Distribution and causation of leprosy in British India
Year: 1875
Disease focus: Leprosy
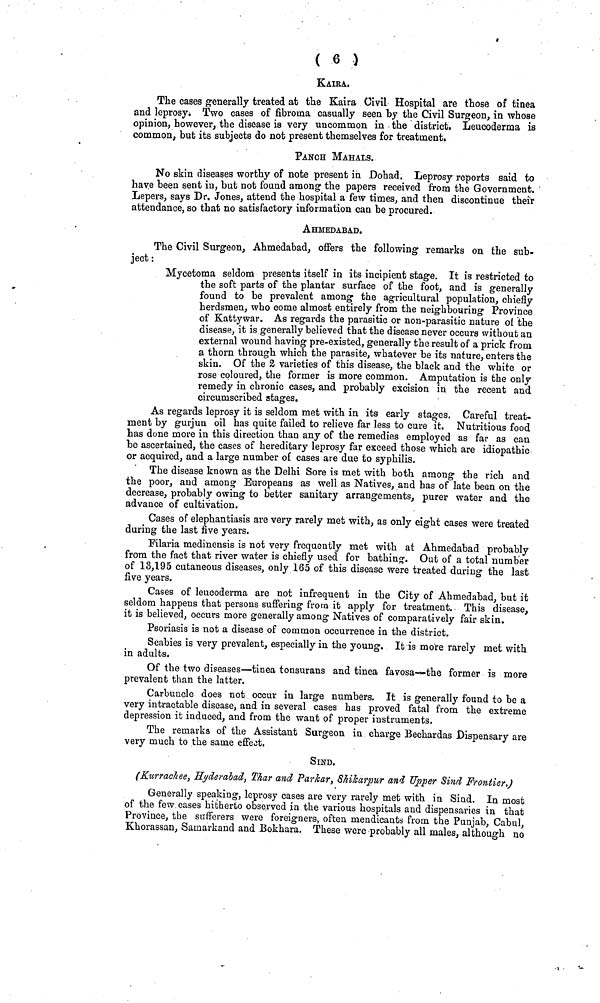
( 6 )
KAIRA.
The cases generally treated at the Kaira Civil Hospital are those of tinea
and leprosy. Two cases of fibroma casually seen by the Civil Surgeon, in whose
opinion, however, the disease is very uncommon in the district. Leucoderma is
common, but its subjects do not present themselves for treatment.
PANCH MAHALS.
No skin diseases worthy of note present in Dohad. Leprosy reports said to
have been sent in, but not found among the papers received from the Government.
Lepers, says Dr. Jones, attend the hospital a few times, and then discontinue their
attendance, so that no satisfactory information can be procured.
AHMEDABAD.
The Civil Surgeon, Ahmedabad, offers the following remarks on the sub-
ject :
Mycetoma seldom presents itself in its incipient stage. It is restricted to
the soft parts of the plantar surface of the foot, and is generally
found to be prevalent among the agricultural population, chiefly
herdsmen, who come almost entirely from the neighbouring Province
of Kattywar. As regards the parasitic or non-parasitic nature oi the
disease, it is generally believed that the disease never occurs without an
external wound having pre-existed, generally the result of a prick from
a thorn through which the parasite, whatever be its nature, enters the
skin. Of the 2 varieties of this disease, the black and the white or
rose coloured, the former is more common. Amputation is the only
remedy in chronic cases, and probably excision in the recent and
circumscribed stages.
As regards leprosy it is seldom met with in its early stages. Careful treat-
ment by gurjun oil has quite failed to relieve far less to cure it. Nutritious food
has done more in this direction than any of the remedies employed as far as can
be ascertained, the cases of hereditary leprosy far exceed those which are idiopathic
or acquired, and a large number of cases are due to syphilis.
The disease known as the Delhi Sore is met with both among the rich and
the poor, and among Europeans as well as Natives, and has of late been on the
decrease, probably owing to better sanitary arrangements, purer water and the
advance of cultivation.
Cases of elephantiasis are very rarely met with, as only eight cases were treated
during the last five years.
Filaria medinensis is not very frequently met with at Ahmedabad probably
from the fact that river water is chiefly used for bathing. Out of a total number
of 13,195 cutaneous diseases, only 165 of this disease were treated during the last
five years.
Cases of leucoderma are not infrequent in the City of Ahmedabad, but it
seldom happens that persons suffering from it apply for treatment. This disease,
it is believed, occurs more generally among Natives of comparatively fair skin.
Psoriasis is not a disease of common occurrence in the district.
Scabies is very prevalent, especially in the young. It is more rarely met with
in adults.
Of the two diseases—tinea tonsurane and tinea favosa—the former is more
prevalent than the latter.
Carbuncle does not occur in large numbers. It is generally found to be a
very intractable disease, and in several cases has proved fatal from the extreme
depression it induced, and from the want of proper instruments.
The remarks of the Assistant Surgeon in charge Bechardas Dispensary are
very much to the same effect.
SIND.
(Kurrachee, Hyderabad, Thar and Parkar, Shikarpur and Upper Sind Frontier.)
Generally speaking, leprosy cases are very rarely met with in Sind. In most
of the few cases hitherto observed in the various hospitals and dispensaries in that
Province, the sufferers were foreigners, often mendicants from the Punjab, Cabul,
Khorassan, Samarkand and Bokhara. These were probably all males, although no